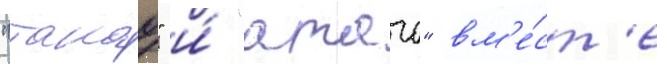
"такао" и́ "атаго" вм'е́ст'е